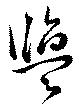
鹽